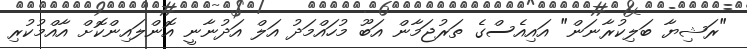
"ރަޝިޔާ ބަލިކުރާނަން" އައިއެސްގެ ތަރުޖަމާން އަބޫ މުހައްމަދު އަލް އަދުނާނީ އޮންލައިންކޮށް އާއްމުކުރި